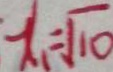
x _ { 1 } = \sqrt { 1 0 }